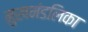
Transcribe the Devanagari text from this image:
मुखमंडलिका